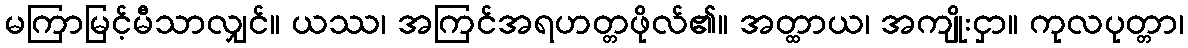
မကြာမြင့်မီသာလျှင်။ ယဿ၊ အကြင်အရဟတ္တဖိုလ်၏။ အတ္ထာယ၊ အကျိုးငှာ။ ကုလပုတ္တာ၊